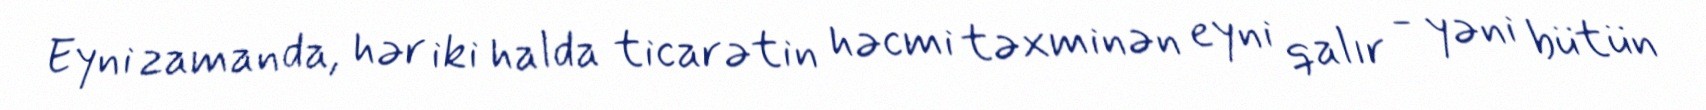
Eyni zamanda, hər iki halda ticarətin həcmi təxminən eyni qalır - yəni bütün